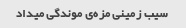
سیب زمینی مزه‌ی موندگی میداد